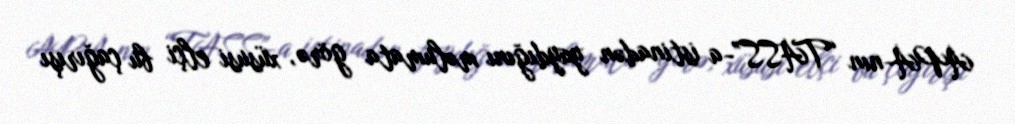
APA-nın “TASS”-a istinadən yaydığını məlumata görə, xüsusi elçi bu çağırışı